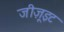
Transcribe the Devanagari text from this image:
जीज़ूइट